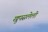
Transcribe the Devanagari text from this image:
खुपसलेली